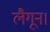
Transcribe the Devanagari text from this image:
लैगून।